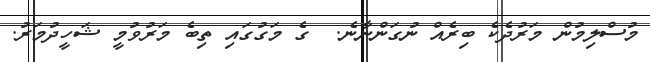
މުސްލިމުން މަރުދެކެ ބިރެއް ނުގަންނާނެ.  ގެ މަގުގައި ތިބެ މަރުވުމީ ޝަހީދުމަރު.